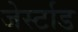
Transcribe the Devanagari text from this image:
जेर्स्टाड